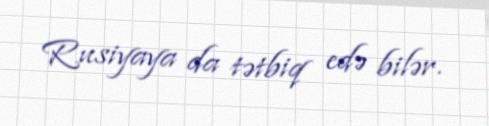
Rusiyaya da tətbiq edə bilər.